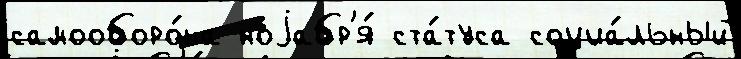
самооборо́на ноjабр'я́ ста́туса социа́льный